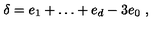
\delta = e _ { 1 } + \dots + e _ { d } - 3 e _ { 0 } \ ,